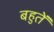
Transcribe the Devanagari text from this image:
बहुतें